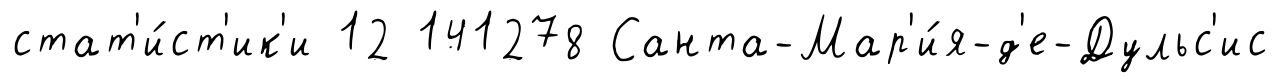
стат'и́ст'ик'и 12 141278 Санта-Мар'и́я-д'е-Дульс'ис